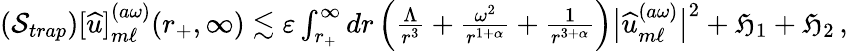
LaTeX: \begin{array}{r}{(\mathcal{S}_{trap})[{\widehat{u}}]_{m\ell}^{(a\omega)}(r_{+},\infty)\lesssim\varepsilon\int_{r_{+}}^{\infty}dr\left(\frac{\Lambda}{r^{3}}+\frac{\omega^{2}}{r^{1+\alpha}}+\frac{1}{r^{3+\alpha}}\right)\big|\widehat{u}_{m\ell}^{(a\omega)}\big|^{2}+\mathfrak{H}_{1}+\mathfrak{H}_{2}\, ,}\end{array}